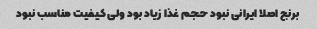
برنج اصلا ایرانی نبود حجم غذا زیاد بود ولی کیفیت مناسب نبود